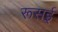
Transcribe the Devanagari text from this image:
रूसई